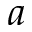
a